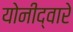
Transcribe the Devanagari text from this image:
योनीद्वारे